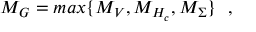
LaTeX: M _ { G } = m a x \{ M _ { V } , M _ { H _ { c } } , M _ { \Sigma } \} \, \, \, \, ,